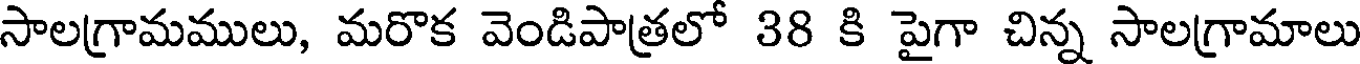
సాలగ్రామములు, మరొక వెండిపాత్రలో 38 కి పైగా చిన్న సాలగ్రామాలు